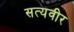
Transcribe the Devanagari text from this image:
सत्यवीर